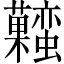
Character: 𧅬